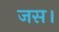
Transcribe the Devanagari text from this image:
जस।